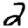
Digit: 2